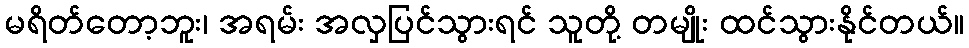
မရိတ်တော့ဘူး၊ အရမ်း အလှပြင်သွားရင် သူတို့ တမျိုး ထင်သွားနိုင်တယ်။